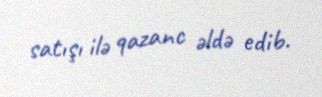
satışı ilə qazanc əldə edib.